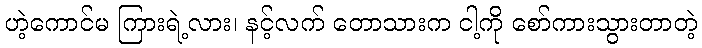
ဟဲ့ကောင်မ ကြားရဲ့လား၊ နင့်လက် တောသားက ငါ့ကို စော်ကားသွားတာတဲ့